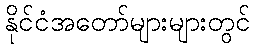
နိုင်ငံအတော်များများတွင်